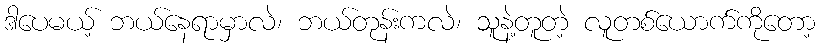
ဒါပေမယ့် ဘယ်နေရာမှာလဲ၊ ဘယ်တုန်းကလဲ၊ သူနဲ့တူတဲ့ လူတစ်ယောက်ကိုတော့